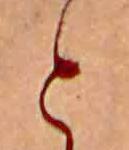
と